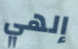
إلهي